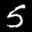
Label: 5